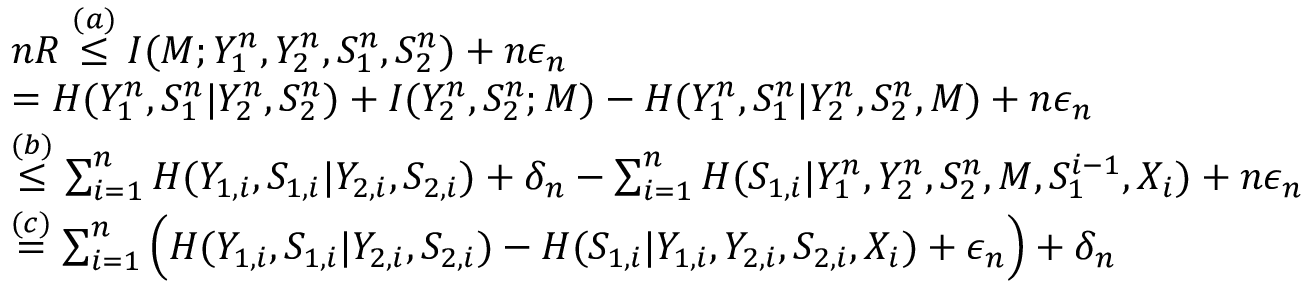
\begin{array} { r l } & { n R \overset { ( a ) } { \leq } I ( M ; Y _ { 1 } ^ { n } , Y _ { 2 } ^ { n } , S _ { 1 } ^ { n } , S _ { 2 } ^ { n } ) + n \epsilon _ { n } } \\ & { = H ( Y _ { 1 } ^ { n } , S _ { 1 } ^ { n } | Y _ { 2 } ^ { n } , S _ { 2 } ^ { n } ) + I ( Y _ { 2 } ^ { n } , S _ { 2 } ^ { n } ; M ) - H ( Y _ { 1 } ^ { n } , S _ { 1 } ^ { n } | Y _ { 2 } ^ { n } , S _ { 2 } ^ { n } , M ) + n \epsilon _ { n } } \\ & { \overset { ( b ) } { \leq } \sum _ { i = 1 } ^ { n } H ( Y _ { 1 , i } , S _ { 1 , i } | Y _ { 2 , i } , S _ { 2 , i } ) + \delta _ { n } - \sum _ { i = 1 } ^ { n } H ( S _ { 1 , i } | Y _ { 1 } ^ { n } , Y _ { 2 } ^ { n } , S _ { 2 } ^ { n } , M , S _ { 1 } ^ { i - 1 } , X _ { i } ) + n \epsilon _ { n } } \\ & { \overset { ( c ) } { = } \sum _ { i = 1 } ^ { n } \Big ( H ( Y _ { 1 , i } , S _ { 1 , i } | Y _ { 2 , i } , S _ { 2 , i } ) - H ( S _ { 1 , i } | Y _ { 1 , i } , Y _ { 2 , i } , S _ { 2 , i } , X _ { i } ) + \epsilon _ { n } \Big ) + \delta _ { n } } \end{array}